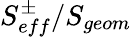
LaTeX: S_{eff}^{\pm}/S_{geom}